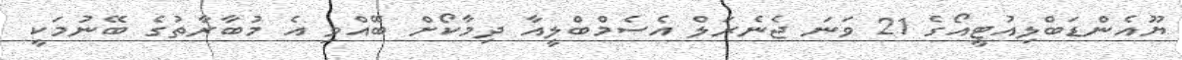
ޔޫއެންޑަބްލިއުޓީއޯގެ 21 ވަނަ ޖެނެރަލް އެސެމްބްލީއާ ދިމާކޯށް ބޭއްވި އެ މުބާރާތުގެ ބޭނުމަކީ